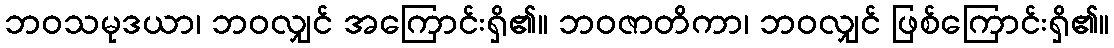
ဘဝသမုဒယာ၊ ဘဝလျှင် အကြောင်းရှိ၏။ ဘဝဇာတိကာ၊ ဘဝလျှင် ဖြစ်ကြောင်းရှိ၏။